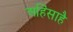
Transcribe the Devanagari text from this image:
अहिंसाहै